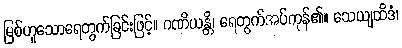
မြစ်ဟူသောရေတွက်ခြင်းဖြင့်။ ဂဏိယန္တိ၊ ရေတွက်အပ်ကုန်၏။ သေယျထိဒံ၊